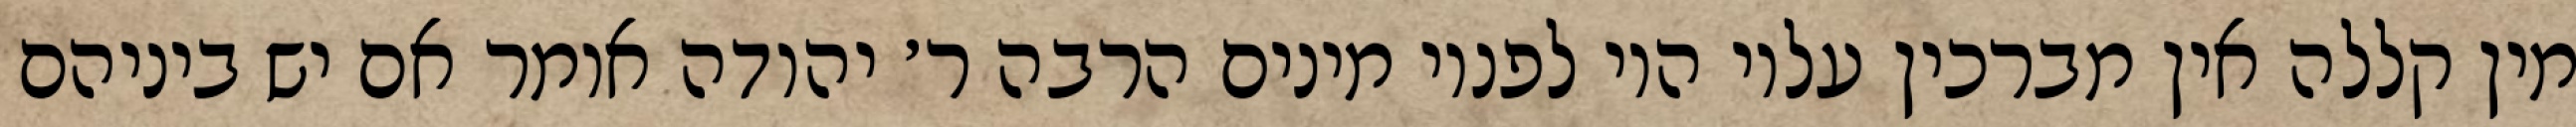
מין קללה אין מברכין עליו היו לפניו מינים הרבה ר׳ יהודה אומר אם יש ביניהם